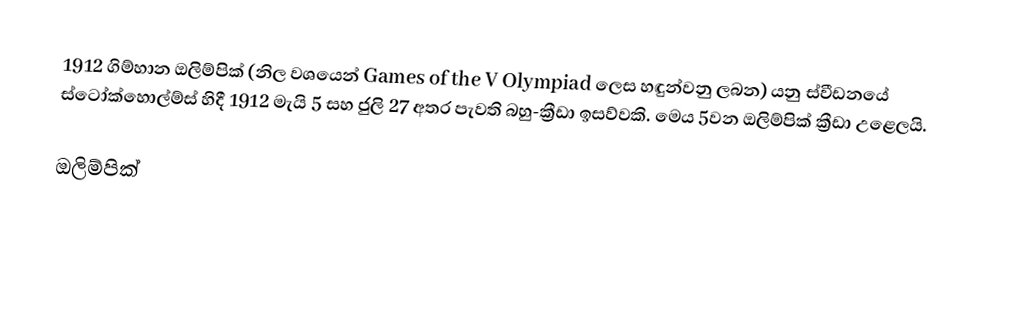
1912 ගිම්හාන ඔලිම්පික් (නිල වශයෙන් Games of the V Olympiad ලෙස හඳුන්වනු ලබන) යනු ස්වීඩනයේ ස්ටෝක්හොල්ම්ස් හිදී 1912 මැයි 5 සහ ජුලි 27 අතර පැවති බහු-ක්‍රීඩා ඉසව්වකි. මෙය 5වන ඔලිම්පික් ක්‍රීඩා උළෙලයි.

ඔලිම්පික්